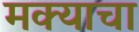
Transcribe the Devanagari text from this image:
मक्याचा